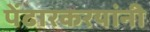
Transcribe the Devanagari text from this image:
पेंढारकरयांनी